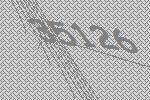
35126